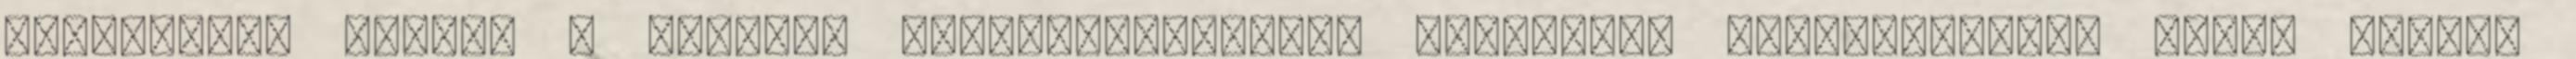
emlékmûsor követi a Faluház színháztermében, legutóbb, augusztusban, éppen Márton